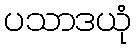
ပသာဒယုံ